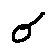
\sigma